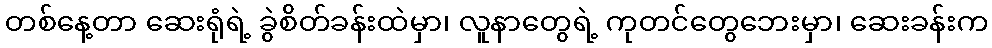
တစ်နေ့တာ ဆေးရုံရဲ့ ခွဲစိတ်ခန်းထဲမှာ၊ လူနာတွေရဲ့ ကုတင်တွေဘေးမှာ၊ ဆေးခန်းက